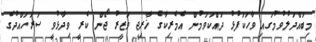
މިބައްދަލުވުމުގައި ވާހަކަފުޅު ދައްކަވަމުން އެމެރިކާގެ ޚާރިޖީ ވަޒީރު ޖޯން ކެރީ ވިދާޅުވީ ސަރަހައްދުގެ